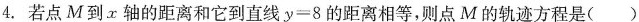
4.若点M到x轴的距离和它到直线$$y = 8$$的距离相等，则点M的轨迹方程是()